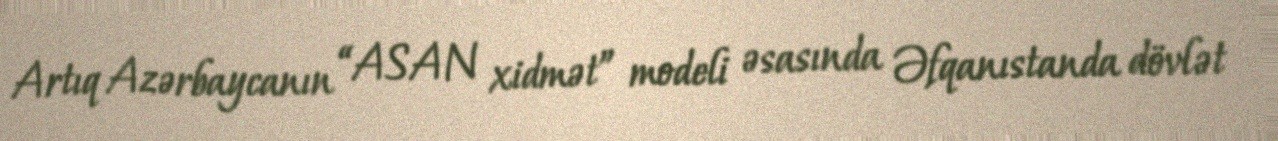
Artıq Azərbaycanın “ASAN xidmət” modeli əsasında Əfqanıstanda dövlət